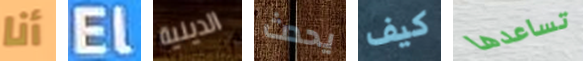
أنا El الدينية يحدث كيف تساعدها